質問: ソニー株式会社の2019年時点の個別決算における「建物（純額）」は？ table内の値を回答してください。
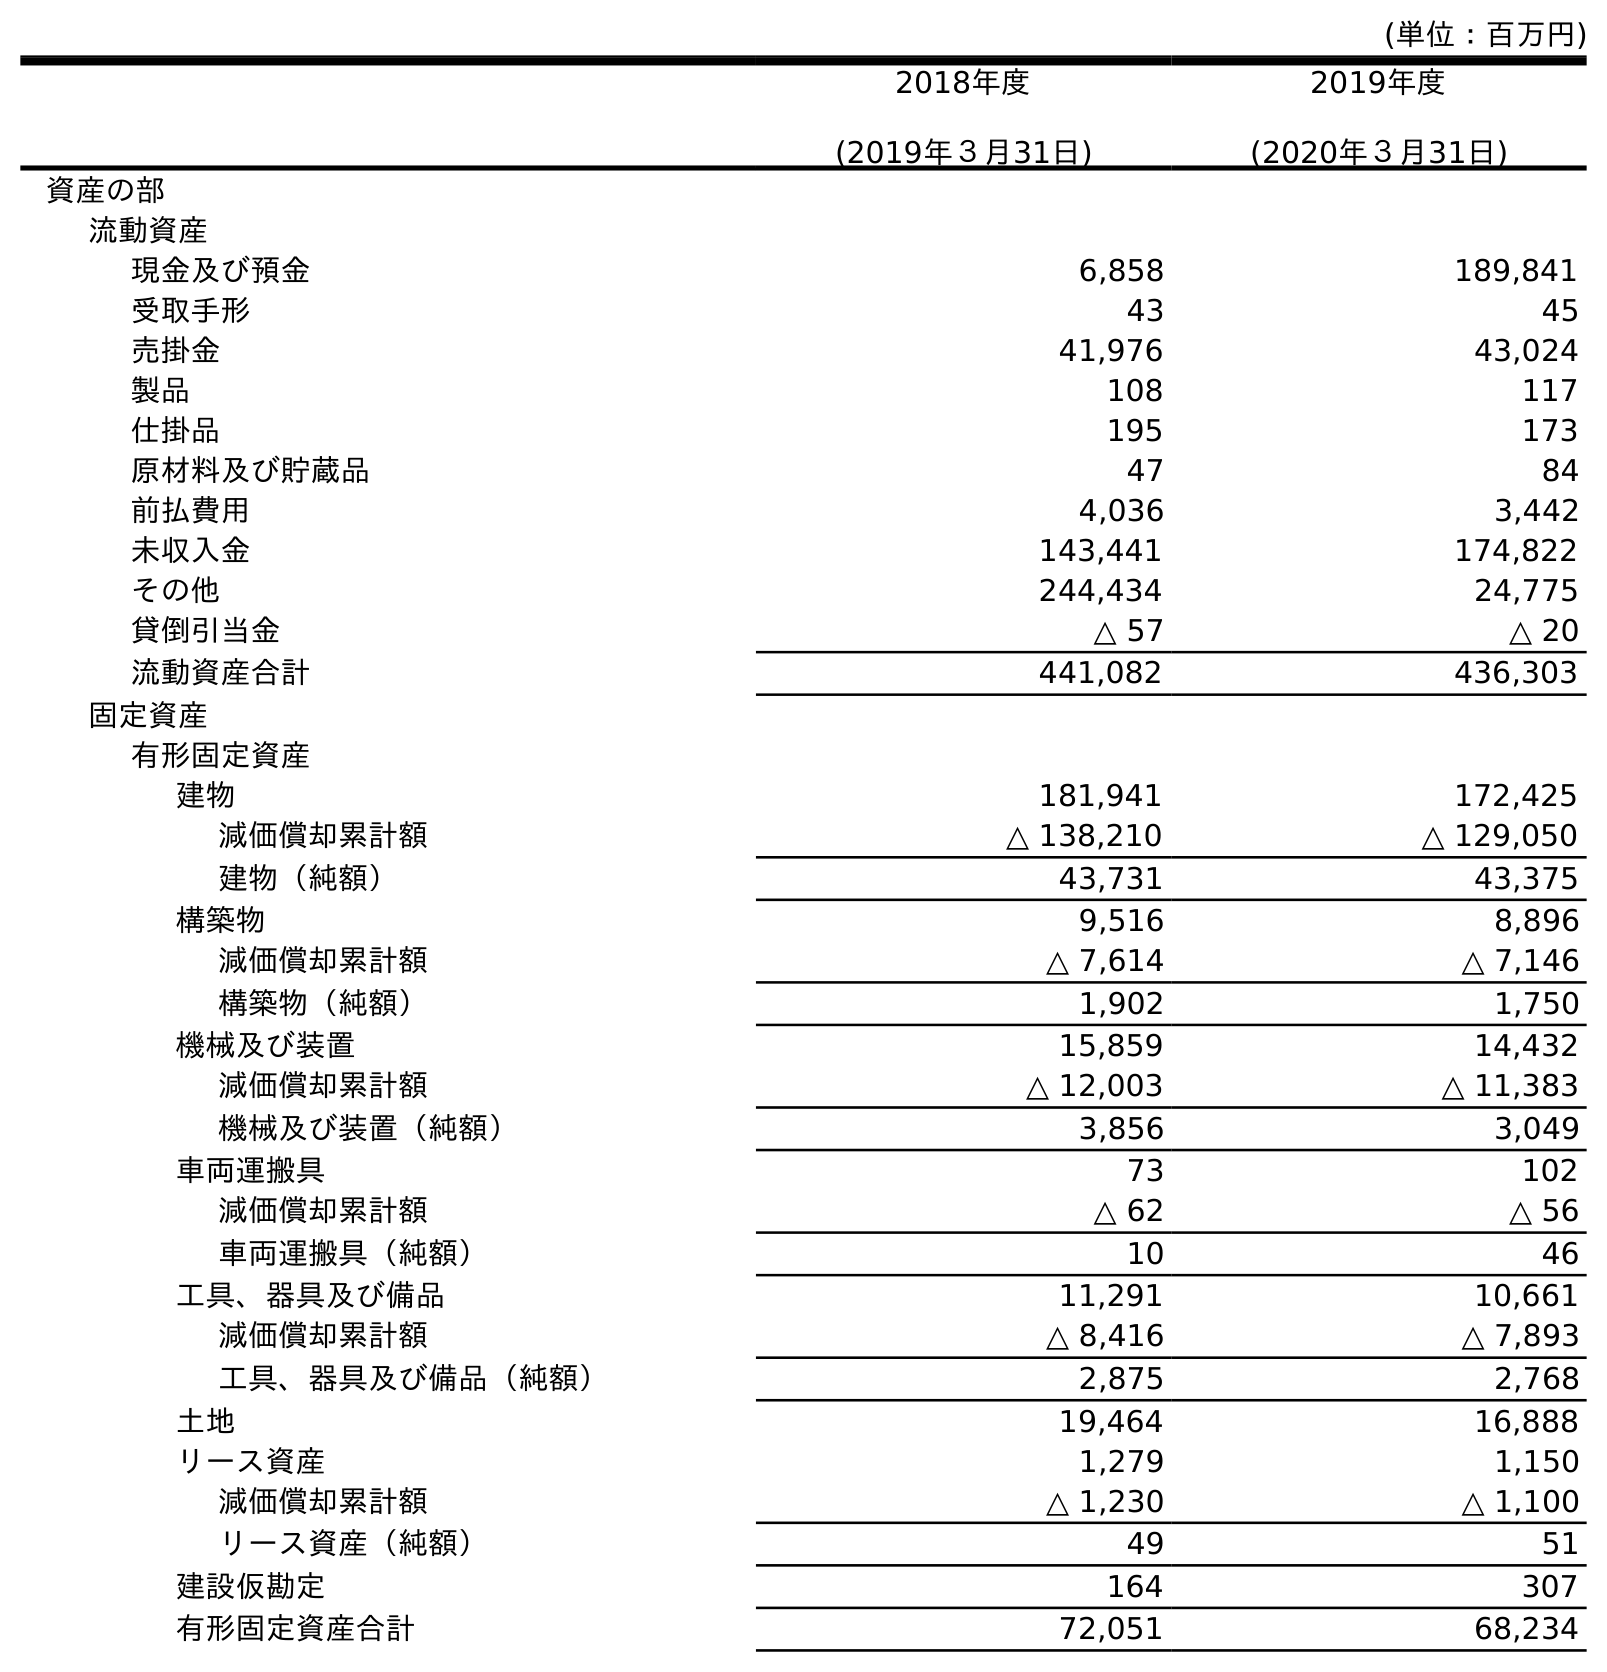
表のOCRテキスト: (単位：百万円) 2018年度 (2019年３月31日) 2019年度 (2020年３月31日) 資産の部 流動資産 現金及び預金 6,858 189,841 受取手形 43 45 売掛金 41,976 43,024 製品 108 117 仕掛品 195 173 原材料及び貯蔵品 47 84 前払費用 4,036 3,442 未収入金 143,441 174,822 その他 244,434 24,775 貸倒引当金 △ 57 △ 20 流動資産合計 441,082 436,303 固定資産 有形固定資産 建物 181,941 172,425 減価償却累計額 △ 138,210 △ 129,050 建物（純額） 43,731 43,375 構築物 9,516 8,896 減価償却累計額 △ 7,614 △ 7,146 構築物（純額） 1,902 1,750 機械及び装置 15,859 14,432 減価償却累計額 △ 12,003 △ 11,383 機械及び装置（純額） 3,856 3,049 車両運搬具 73 102 減価償却累計額 △ 62 △ 56 車両運搬具（純額） 10 46 工具、器具及び備品 11,291 10,661 減価償却累計額 △ 8,416 △ 7,893 工具、器具及び備品（純額） 2,875 2,768 土地 19,464 16,888 リース資産 1,279 1,150 減価償却累計額 △ 1,230 △ 1,100 リース資産（純額） 49 51 建設仮勘定 164 307 有形固定資産合計 72,051 68,234
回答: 43,731